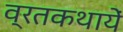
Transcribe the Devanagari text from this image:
व्रतकथायें